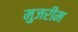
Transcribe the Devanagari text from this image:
मुजरीम